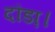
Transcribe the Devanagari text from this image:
दौडा़।